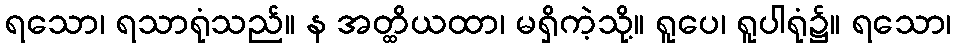
ရသော၊ ရသာရုံသည်။ န အတ္ထိယထာ၊ မရှိကဲ့သို့။ ရူပေ၊ ရူပါရုံ၌။ ရသော၊